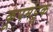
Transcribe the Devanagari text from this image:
कूपमंडूक